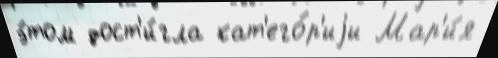
э́том дост'и́гла кат'его́р'иjи Мар'и́я